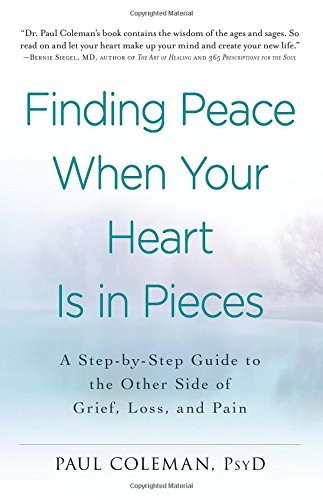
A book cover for Finding Peace When Your Heart Is In Pieces: A Step-by-Step Guide to the Other Side of Grief, Loss, and Pain; Paul Coleman; Self-Help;